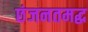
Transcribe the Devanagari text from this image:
छंजनतमद्ध